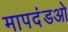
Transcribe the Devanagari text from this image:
मापदंडओ